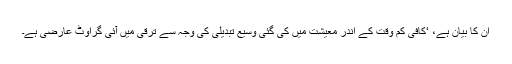
ان کا بیان ہے، ‘کافی کم وقت کے اندر معیشت میں کی گئی وسیع تبدیلی کی وجہ سے ترقی میں آئی گراوٹ عارضی ہے۔